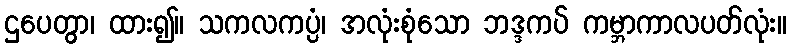
ဌပေတွာ၊ ထား၍။ သကလကပ္ပံ၊ အလုံးစုံသော ဘဒ္ဒကပ် ကမ္ဘာကာလပတ်လုံး။